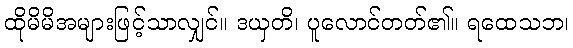
ထိုမိမိအများဖြင့်သာလျှင်။ ဒယှတိ၊ ပူလောင်တတ်၏။ ရထေသဘ၊